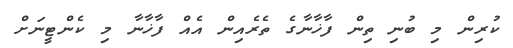
ކުރިން މި ބުނި ތިން ފާޚާނާގެ ތެރެއިން އެއް ފާޚާނާ މި ކެންޓީނަށް